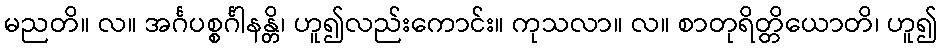
မညတိ။ လ။ အင်္ဂပစ္စင်္ဂါနန္တိ၊ ဟူ၍လည်းကောင်း။ ကုသလာ။ လ။ စာတုရိတ္တိယောတိ၊ ဟူ၍